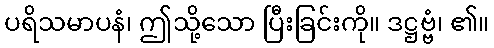
ပရိသမာပနံ၊ ဤသို့သော ပြီးခြင်းကို။ ဒဋ္ဌဗ္ဗံ၊ ၏။